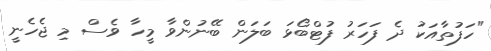
"ހަފުތާއަކު ދެ ފަހަރު ފުޓްބޯޅަ ބަލަން ބޭނުންވާ މީހާ ވެސް މި ޖެހެނީ